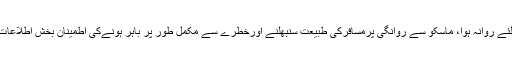
4 پرلاہور کے لئے روانہ ہوا، ماسکو سے روانگی پرمسافرکی طبیعت سنبھلنے اورخطرے سے مکمل طور پر باہر ہونےکی اطمینان بخش اطلاعات موصول ہوئیں۔